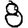
Digit: 8